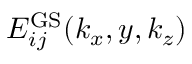
E _ { i j } ^ { \mathrm { G S } } ( k _ { x } , y , k _ { z } )